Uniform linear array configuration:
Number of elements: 8
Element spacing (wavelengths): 0.25
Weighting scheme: cosine
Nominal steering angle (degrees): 45
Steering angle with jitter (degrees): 45.932
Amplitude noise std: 0.05
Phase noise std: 0.05

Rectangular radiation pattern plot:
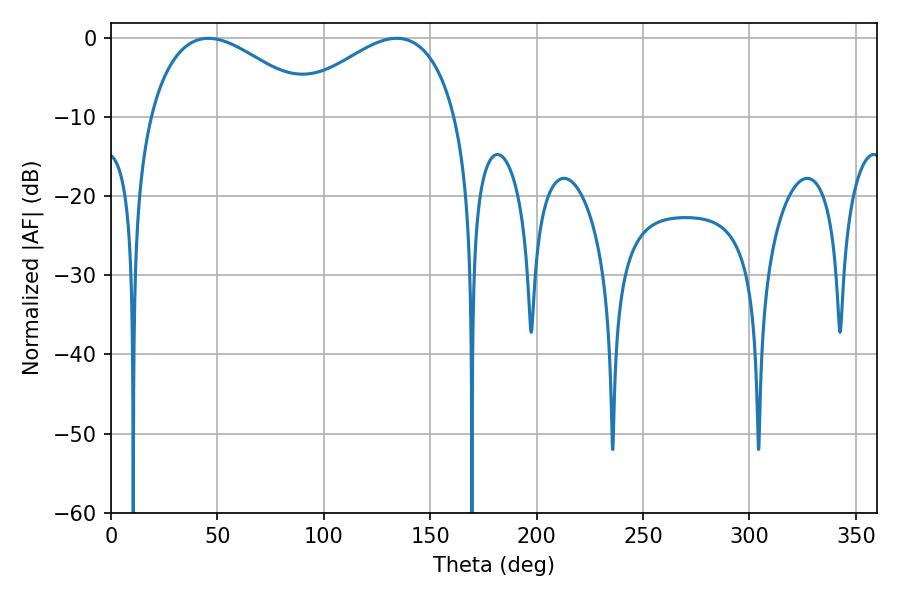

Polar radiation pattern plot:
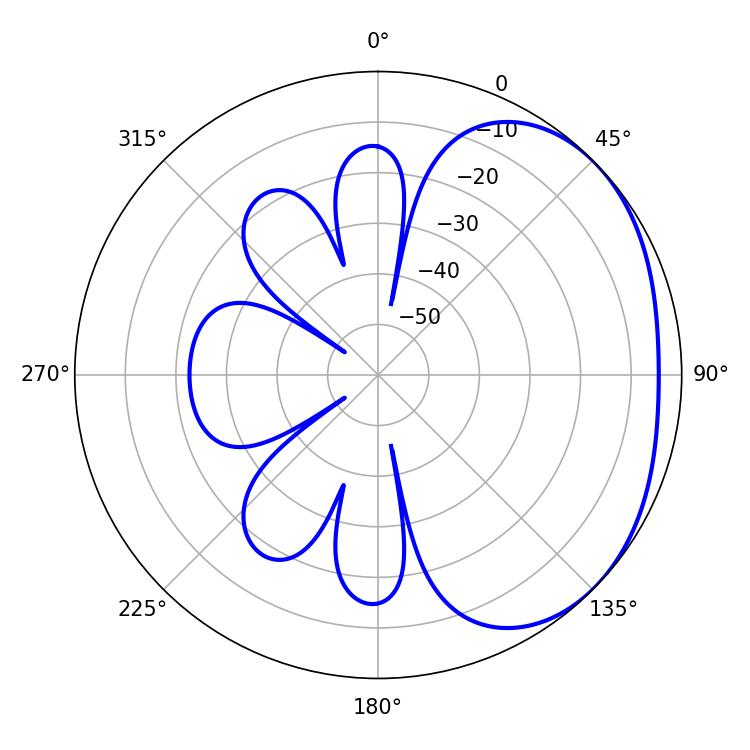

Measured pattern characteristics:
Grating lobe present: FALSE
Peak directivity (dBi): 2.304
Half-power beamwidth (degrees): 43.02
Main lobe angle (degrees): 45.72